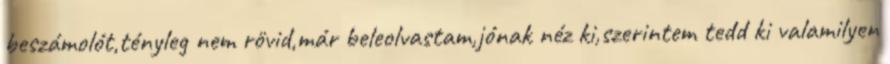
beszámolót,tényleg nem rövid,már beleolvastam,jónak néz ki,szerintem tedd ki valamilyen